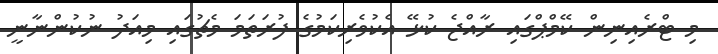
މި ޓްރެއިނިން ކޭމްޕްގައި ރާއްޖެ ކުޅޭ އެކުވެރިކަމުގެ ފުރަތަމަ މެޗުގައި މިއަދު ނުކުންނާނީ